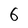
Character: 6